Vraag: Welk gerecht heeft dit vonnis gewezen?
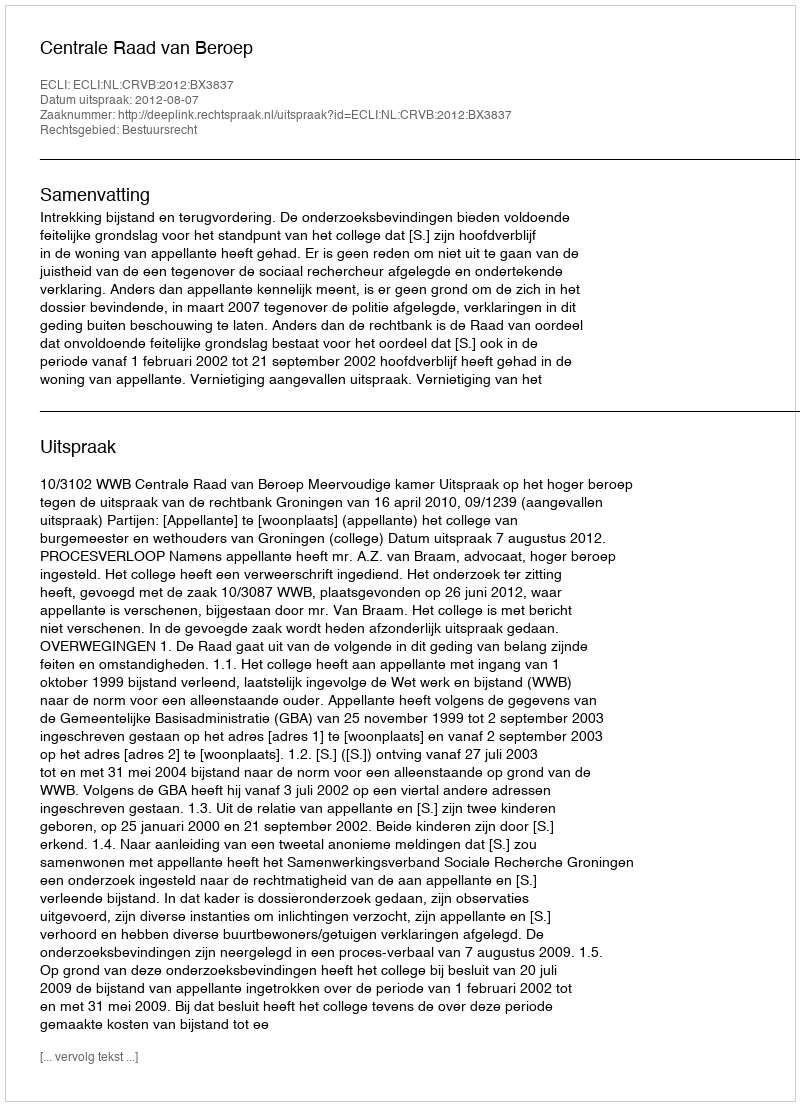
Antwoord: Centrale Raad van Beroep